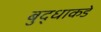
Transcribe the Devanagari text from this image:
बुद्धाकडे